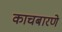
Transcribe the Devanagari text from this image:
काचबारणे